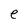
Character: e